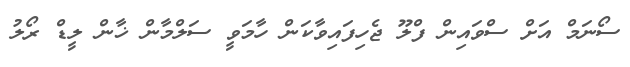
ސޯނަމް އަށް ސްވައިން ފްލޫ ޖެހިފައިވާކަން ހާމަވީ ސަލްމާން ޚާން ލީޑް ރޯލު